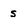
Character: s